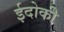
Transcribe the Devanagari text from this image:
ईदोकी